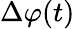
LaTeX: \Delta\varphi(t)